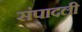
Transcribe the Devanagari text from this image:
संपादली